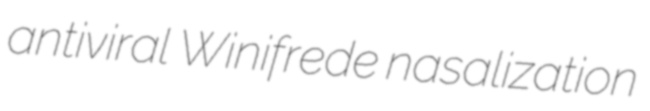
antiviral Winifrede nasalization